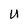
Character: U